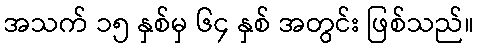
အသက် ၁၅ နှစ်မှ ၆၄ နှစ် အတွင်း ဖြစ်သည်။